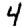
Digit: 4